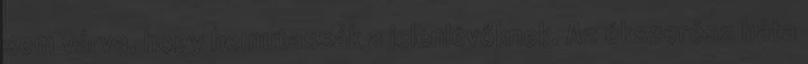
sem várva, hogy bemutassák a jelenlévőknek. Az ékszerész háta